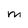
Character: M